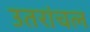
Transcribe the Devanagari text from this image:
उतरांचल